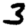
Digit: 3